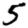
Digit: 5